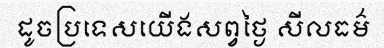
ដូចប្រទេសយើងសព្វថ្ងៃ សីលធម៌